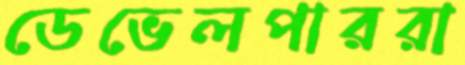
ডেভেলপাররা